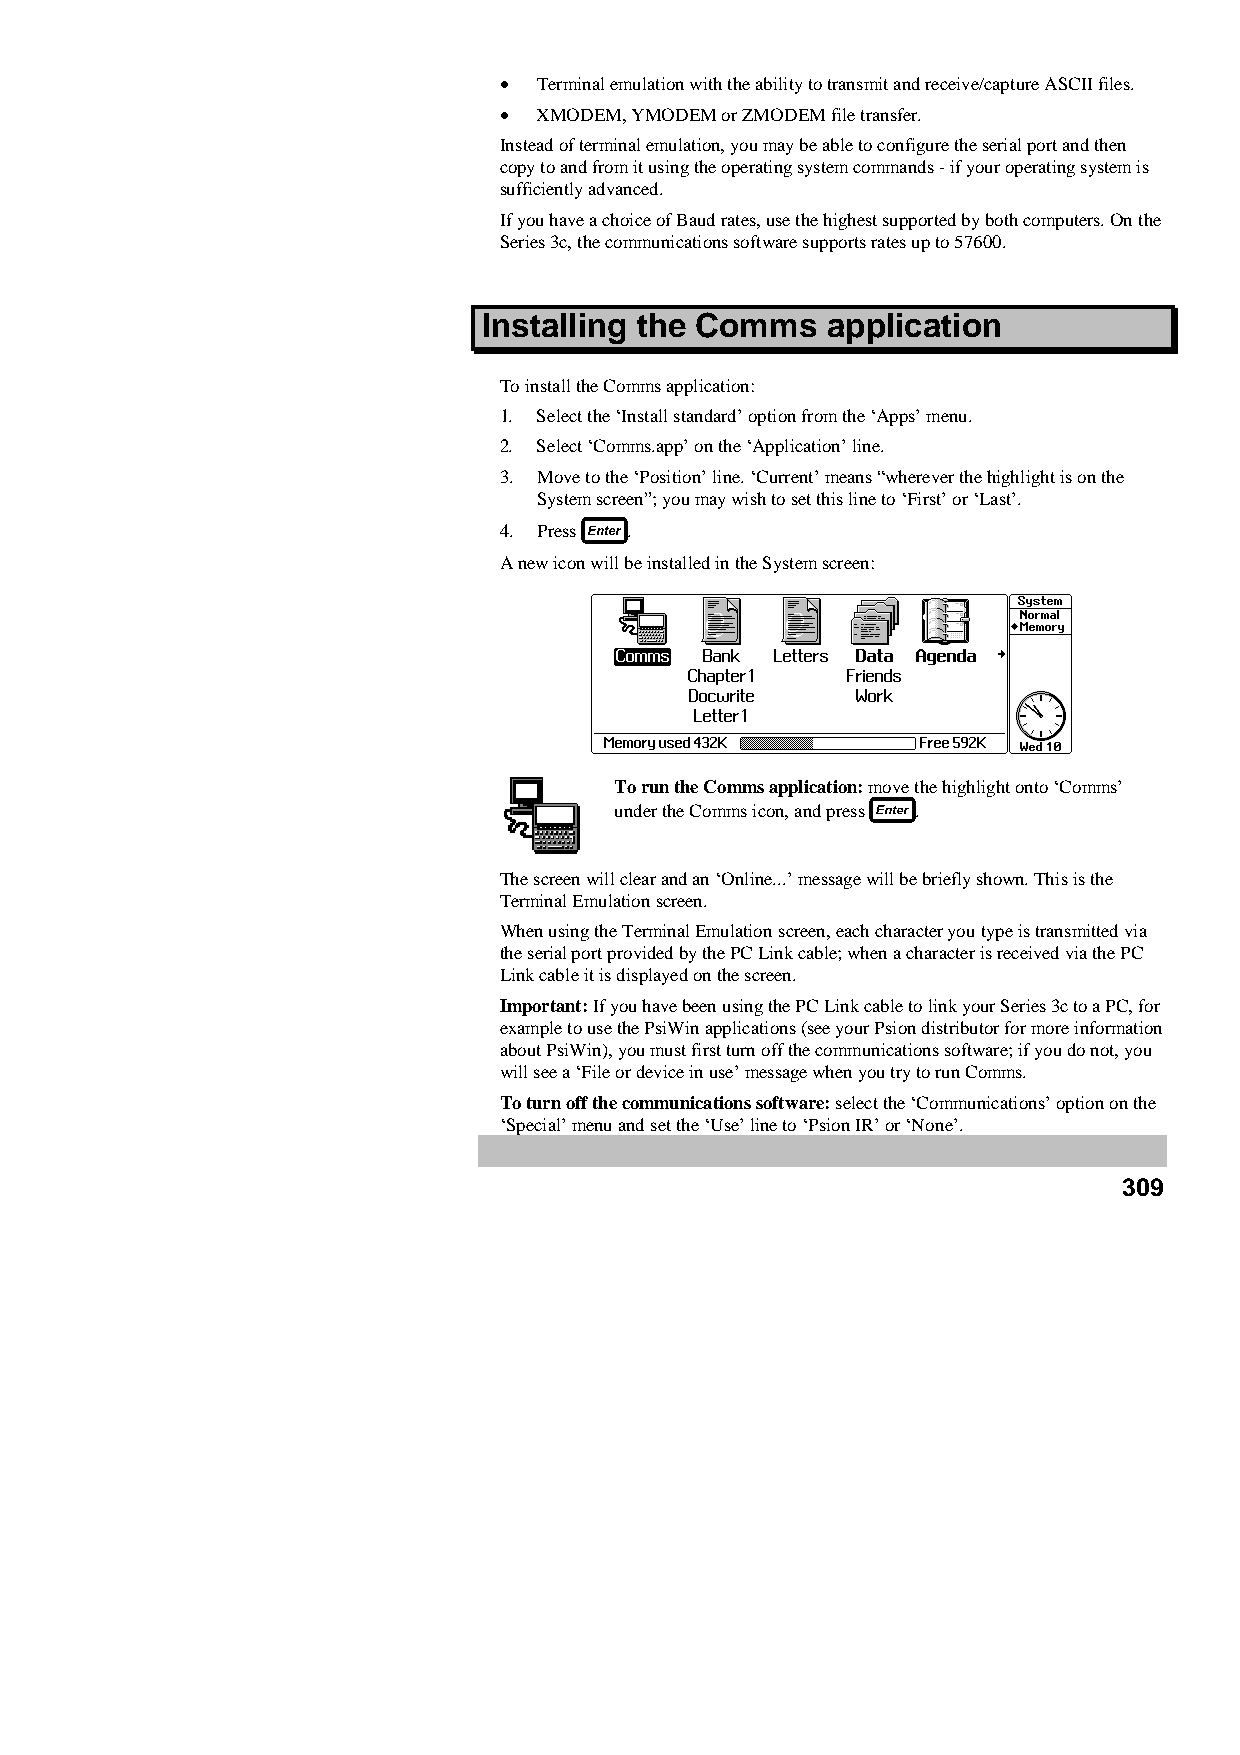
•  Terminal emulation with the ability to transmit and receive/capture ASCII files.
 •  XMODEM, YMODEM or ZMODEM file transfer.
 Instead of terminal emulation, you may be able to configure the serial port and then
 copy to and from it using the operating system commands - if your operating system is
 sufficiently advanced.
 If you have a choice of Baud rates, use the highest supported by both computers. On the
 Series 3c, the communications software supports rates up to 57600.
 Installing the Comms   application
 To install the Comms application:
 1. Select the ‘Install standard’ option from the ‘Apps’ menu.
 2. Select ‘Comms.app’ on the ‘Application’ line.
 3. Move to the ‘Position’ line. ‘Current’ means “wherever the highlight is on the
 System screen”; you may wish to set this line to ‘First’ or ‘Last’.
 4. Press .
 A new icon will be installed in the System screen:
 To run the Comms application: move the highlight onto ‘Comms’
 under the Comms icon, and press .
 The screen will clear and an ‘Online...’ message will be briefly shown. This is the
 Terminal Emulation screen.
 When using the Terminal Emulation screen, each character you type is transmitted via
 the serial port provided by the PC Link cable; when a character is received via the PC
 Link cable it is displayed on the screen.
 Important: If you have been using the PC Link cable to link your Series 3c to a PC, for
 example to use the PsiWin applications (see your Psion distributor for more information
 about PsiWin), you must first turn off the communications software; if you do not, you
 will see a ‘File or device in use’ message when you try to run Comms.
 To turn off the communications software: select the ‘Communications’ option on the
 ‘Special’ menu and set the ‘Use’ line to ‘Psion IR’ or ‘None’.
 309